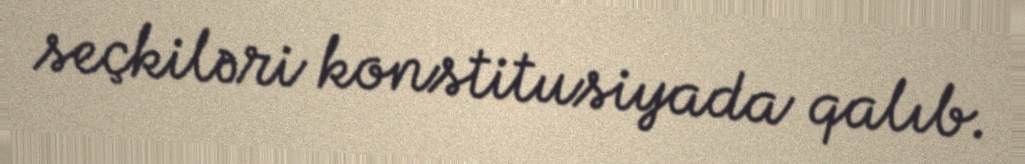
seçkiləri konstitusiyada qalıb.